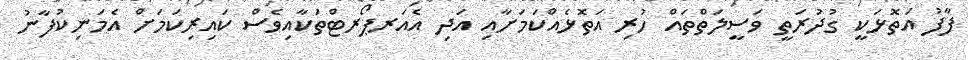
ފާފު އަތޮޅަކީ ގުދުރަތީ ވަސީލަތްތައް ހުރި އަތޮޅެއްކަމަށާއި އަދި އެއަރޕޯރޓްތަކާއިވެސް ކައިރިކަމަށް އެމަނިކުފާނު